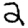
Digit: 2